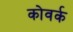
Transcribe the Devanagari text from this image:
कोवर्क